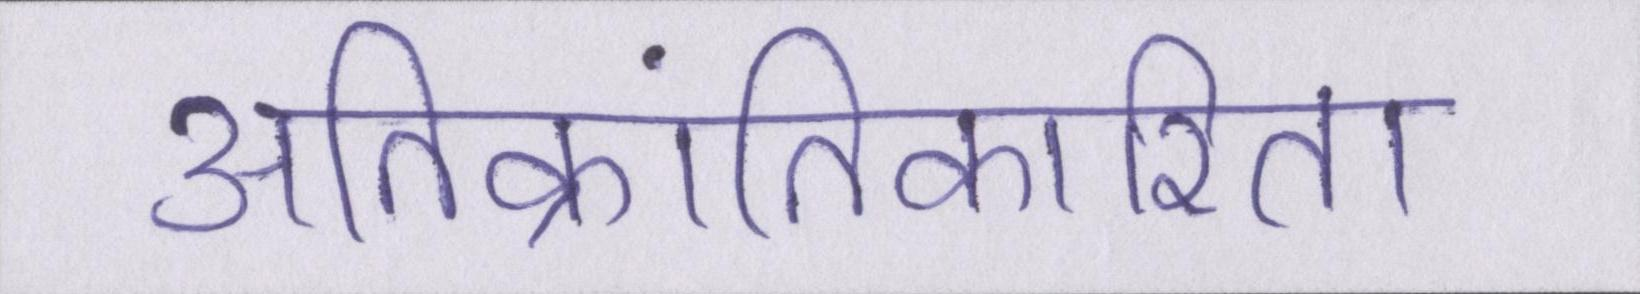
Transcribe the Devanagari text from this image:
अतिक्रांतिकारिता